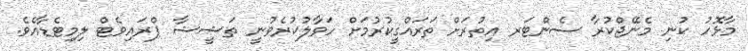
މާޅޮހު ކުނި މެނޭޖްކުރާ ސެންޓަރ އިތުރަށް ތަރައްގީކުރުމަށް ހަވާލުކުރެވުނީ ތަޝީޝާ ޕްރައިވެޓް ލިމިޓެޑާއެވެ.